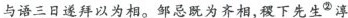
与语三日遂拜以为相。邹忌既为齐相，稷下先生^{②}淳